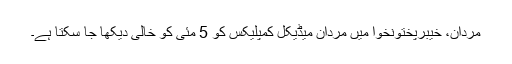
مردان، خیبرپختونخوا میں مردان میڈیکل کمپلیکس کو 5 مئی کو خالی دیکھا جا سکتا ہے۔